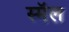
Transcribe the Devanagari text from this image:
स्मॅल